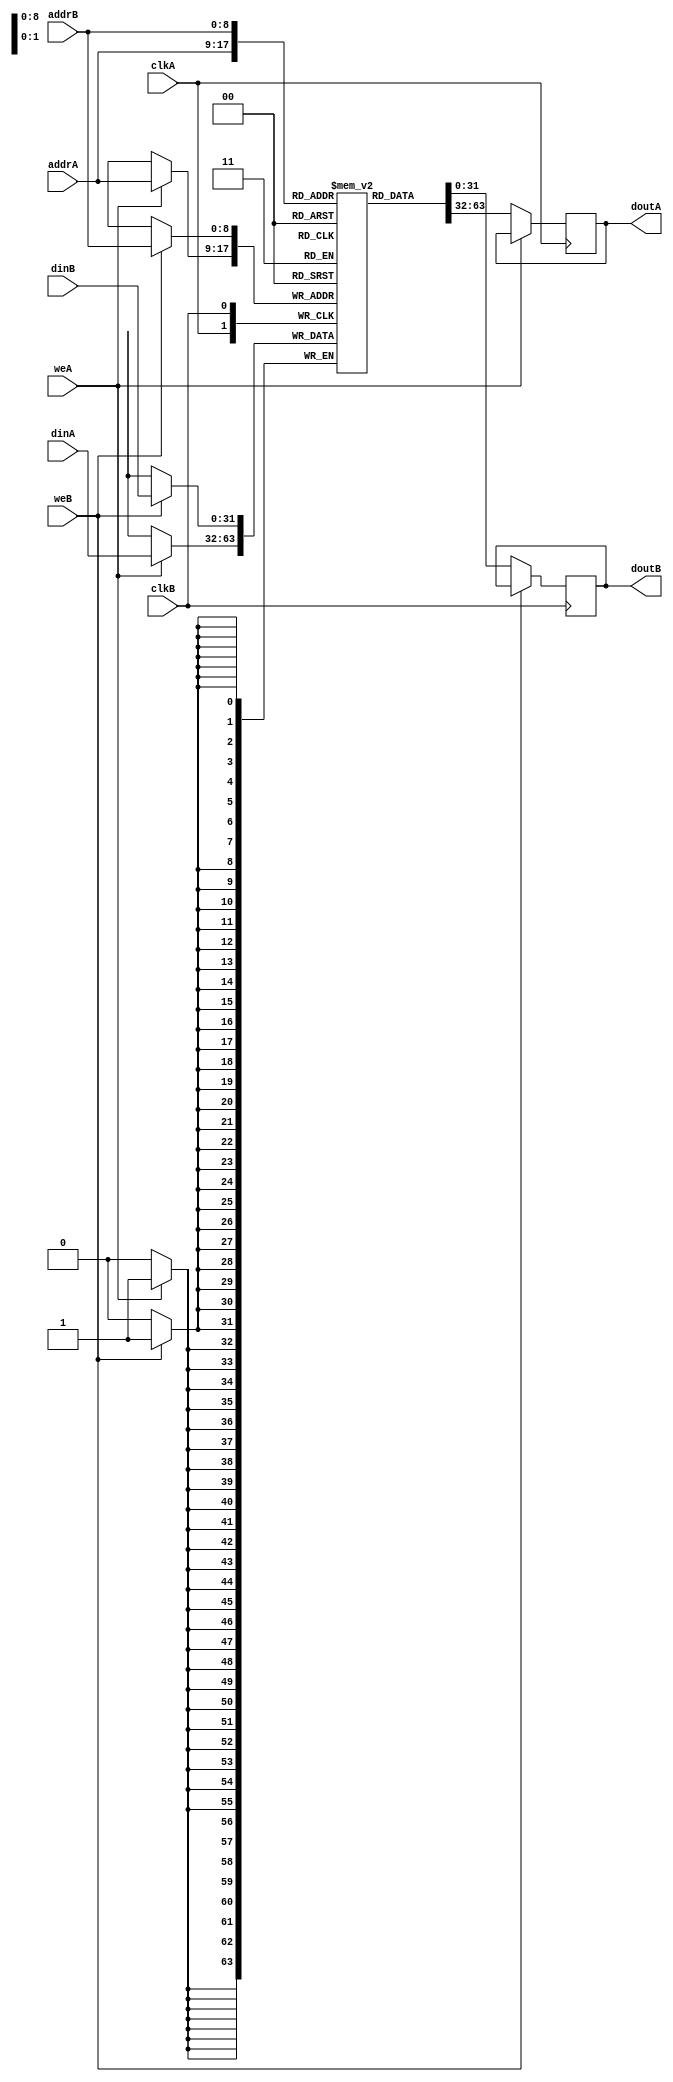
module ram_true_dp_dc_512x32 (clkA, clkB, weA, weB, addrA, addrB, dinA, dinB, doutA, doutB);
    input clkA, clkB, weA, weB;
    input [8:0] addrA, addrB;
    input [31:0] dinA, dinB;
    output reg [31:0] doutA, doutB;
    
    reg [31:0] ram [511:0];
    always @(posedge clkA)
    begin
        if (weA)
            ram[addrA] <= dinA;
        else
            doutA <= ram[addrA];
    end
    always @(posedge clkB)
    begin
        if (weB)
            ram[addrB] <= dinB;
        else
            doutB <= ram[addrB];
    end

endmodule